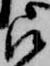
被